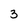
Character: 3